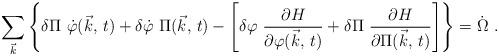
\begin{align*}\sum_{ \vec{k} } \left\{ \delta \Pi \ \dot{\varphi}( \vec{k} , \, t) + \delta \dot{\varphi} \ \Pi (\vec{k} , \, t) - \left[ \delta \varphi \ {\partial H\over \partial \varphi ( \vec{k} , \, t) } + \delta\Pi \ {\partial H \over \partial \Pi ( \vec{k} , \,t) } \right] \right\} = \dot{\Omega} \ .\end{align*}